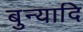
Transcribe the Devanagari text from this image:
बुन्यादि